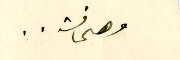
وصحافة..